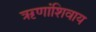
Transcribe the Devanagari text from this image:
ऋणांशिवाय